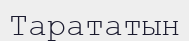
Тарататын